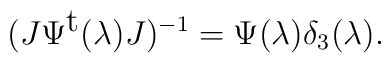
(J\Psi ^{\mbox{t}}(\lambda) J)^{-1}=\Psi(\lambda ) \delta _{3}(\lambda ).